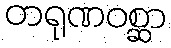
တရုဏဝစ္ဆာ